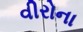
વીરોના